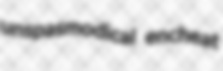
unspasmodical encheat